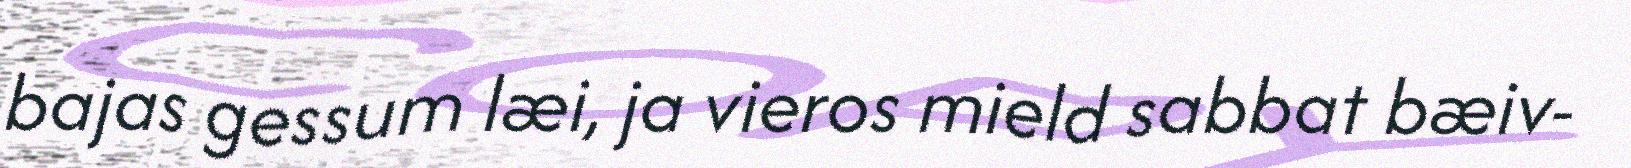
bajas gessum læi, ja vieros mield sabbat bæiv-